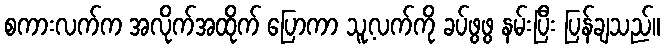
စကားလက်က အလိုက်အထိုက် ပြောကာ သူ့လက်ကို ခပ်ဖွဖွ နမ်းပြီး ပြန်ချသည်။